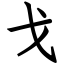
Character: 戈